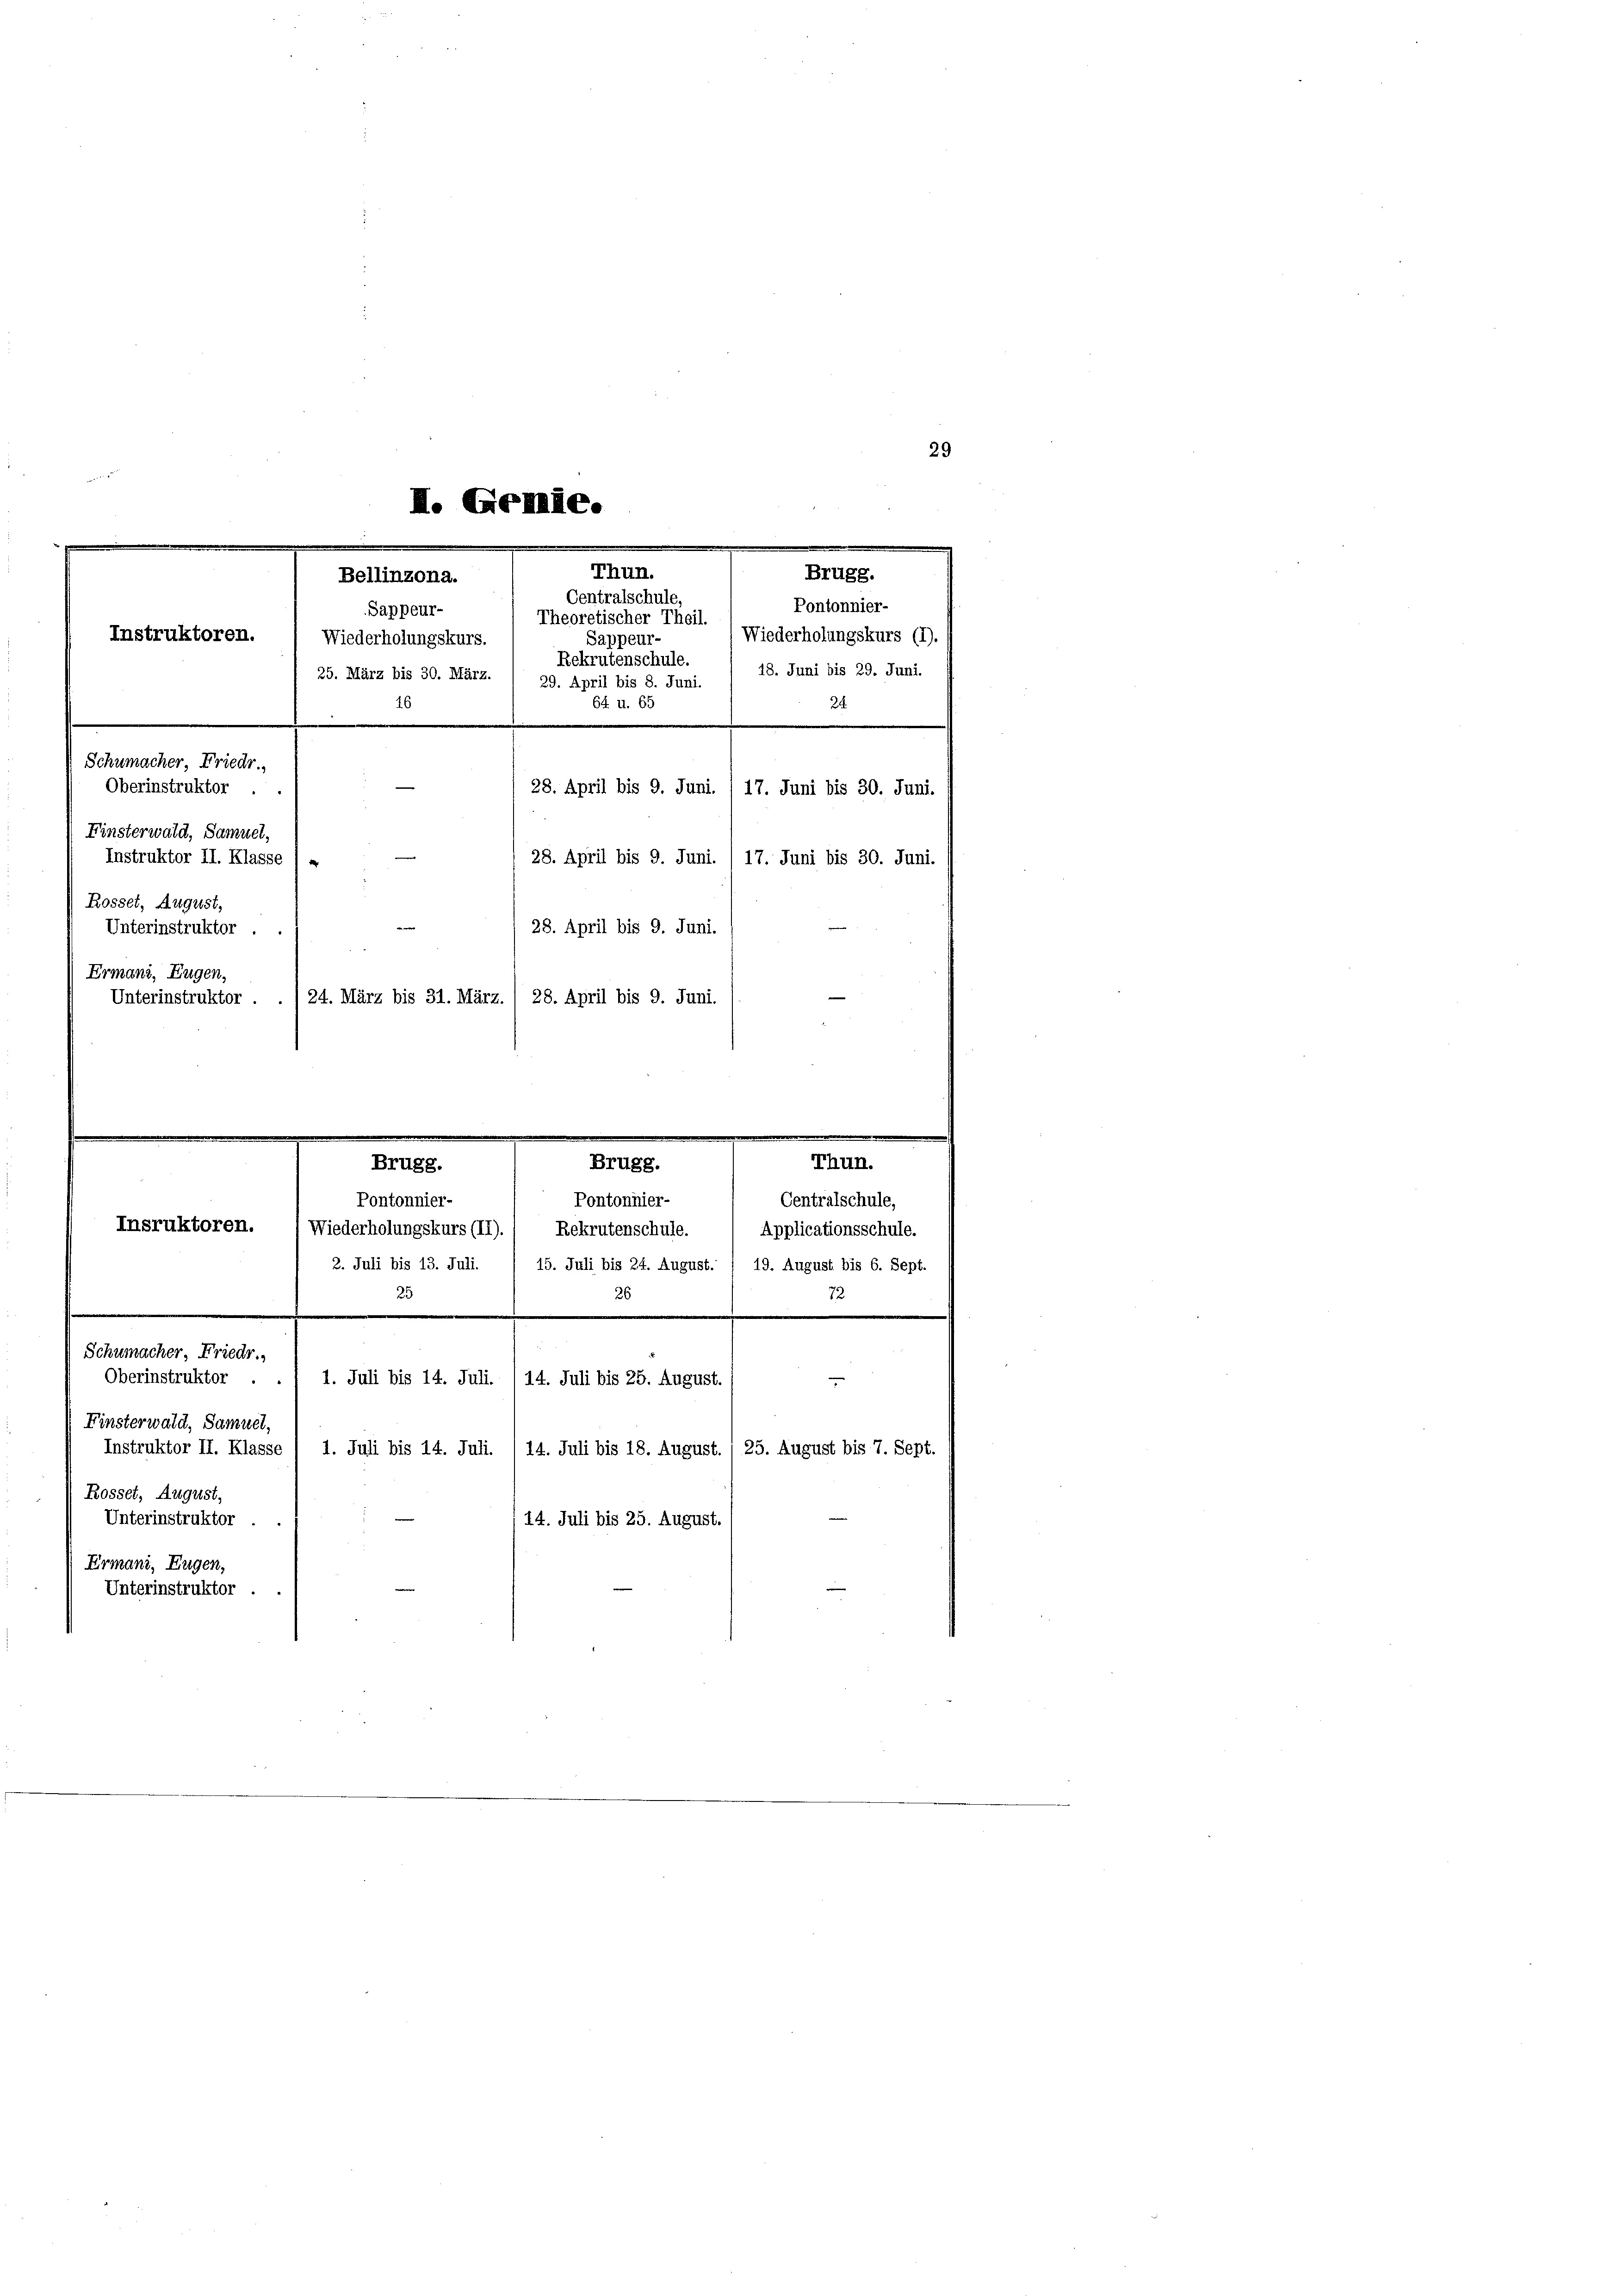
29

I. Gemie.
Thun.
Brugg.
Bellinzona.
Centralschule.
Pontonnier-
Sappeur-
Theoretischer Theil.
Instruktoren.
Wiederholungskurs (I).
Wiederholungskurs.
Sappeur-
Rekrutenschule. / 18. Juni bis 29. Juni.
25. März bis 30. März. ( 29. April bis 8. Juni.
16
64 u. 65
24.
Schumacher, Friedr.
Oberinstruktor
28. April bis 9. Juni.
17. Juni bis 30. Juni.
Finsterwald, Samuel,
Instruktor II. Klasse
28. April bis 9. Juni.
17. Juni bis 30. Juni.
Rosset, August,
e
28. April bis 9. Juni.
Unterinstruktor .
Ermani, Eugen,
24. März bis 31. März.
28. April bis 9. Juni.
Unterinstruktor .

..................................
.
Brugg.
Brugg.
Pontonnier-
Pontonnier-
Insruktoren.
Wiederholungskurs (II). / Rekrutenschule.

2. Juli bis 13. Juli. , 15. Juli bis 24. August. / 19. August bis 6. Sept.
25
26

Schumacher, Friedr.,
Oberinstruktor .
1. Juli bis 14. Juli. /14. Juli bis 25. August.
Finsterwald, Samuel,
Instruktor II. Klasse / 1. Juli bis 14. Juli.
14. Juli bis 18. August.
Rosset, August,
Unterinstruktor .
14. Juli bis 25. August.
Ermani, Eugen,
Unterinstruktor

Thu

n.

Centralschule,
Applicationsschule.
72

25. August bis 7. Sept.